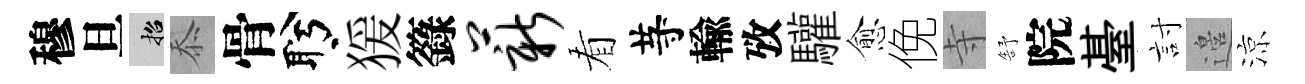
穆旦招忝骨盻猨籙薪看䒭輸攷驩愈俛寺舒院䑓討邉涼